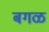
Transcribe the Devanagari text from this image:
बगळ